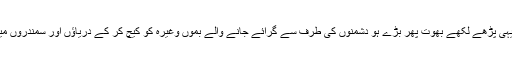
گمانِ فاضل ہے کہ یہی پڑھے لکھے بھوت پھر بڑے ہو دشمنوں کی طرف سے گرائے جانے والے بموں وغیرہ کو کیچ کر کے دریاؤں اور سمندروں میں پھینک دیتے ہیں ۔